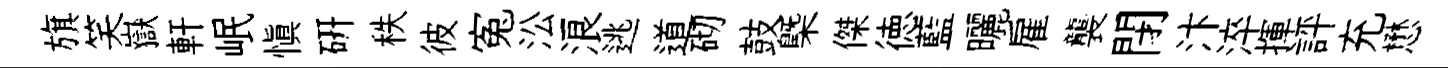
旗笑嶽軒岷慎硏秩彼寃㳂浪逃道砌鼓槩傑徳藍曬雇襲閉汴淬揮評充懋